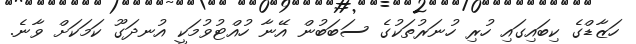
ހަޒާޑްގެ ކިބައިގައި ހުރި ހުނަރުތަކުގެ ސަބަބުން އޭނާ ހުއްޓުވުމަކީ އުނދަގޫ ކަމަކަށް ވާނެ.